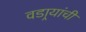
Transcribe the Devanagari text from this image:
वडार्‍यांची